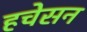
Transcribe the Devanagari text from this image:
हचेसन